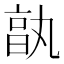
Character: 𠅩